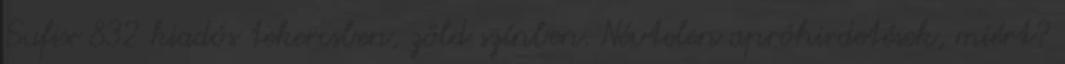
Sufix 832 kiadós tekercsben, zöld színben. Névtelen apróhirdetések, miért?